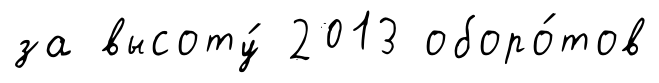
за высоту́ 2013 оборо́тов